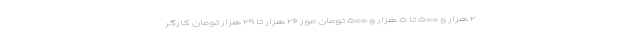
۲ هزار و ۵۰۰ تا ۵ هزار و ۵۰۰ تومان موز ۲۶ هزار تا ۲۹ هزار تومان کارگر